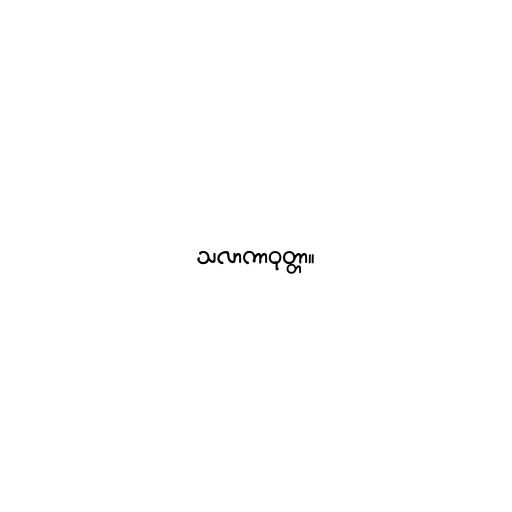
သလာကာဝုတ္တာ။